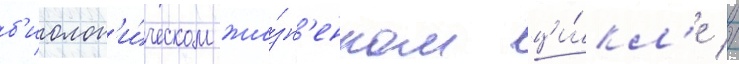
б'иолог'и́ческом жи́зн'енном ци́кл'е //